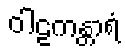
ဝါဠကန္တာရံ